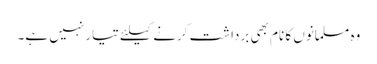
وہ مسلمانوں کا نام بھی برداشت کرنے کیلئے تیار نہیں ہے۔